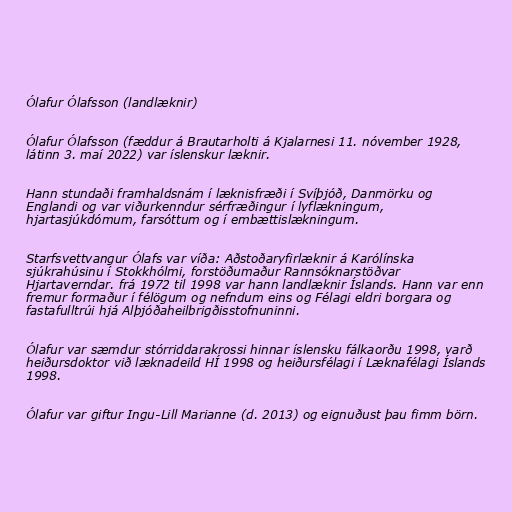
Ólafur Ólafsson (landlæknir)

Ólafur Ólafsson (fæddur á Brautarholti á Kjalarnesi 11. nóvember 1928,
látinn 3. maí 2022) var íslenskur læknir.

Hann stundaði framhaldsnám í læknisfræði í Svíþjóð, Danmörku og
Englandi og var viðurkenndur sérfræðingur í lyflækningum,
hjartasjúkdómum, farsóttum og í embættislækningum.

Starfsvettvangur Ólafs var víða: Aðstoðaryfirlæknir á Karólínska
sjúkrahúsinu í Stokkhólmi, forstöðumaður Rannsóknarstöðvar
Hjartaverndar. frá 1972 til 1998 var hann landlæknir Íslands. Hann var enn
fremur formaður í félögum og nefndum eins og Félagi eldri borgara og
fastafulltrúi hjá Alþjóðaheilbrigðisstofnuninni.

Ólafur var sæmdur stórriddarakrossi hinnar íslensku fálkaorðu 1998, varð
heiðursdoktor við læknadeild HÍ 1998 og heiðursfélagi í Læknafélagi Íslands
1998.

Ólafur var giftur Ingu-Lill Marianne (d. 2013) og eignuðust þau fimm börn.